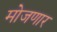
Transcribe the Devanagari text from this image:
मोजणार